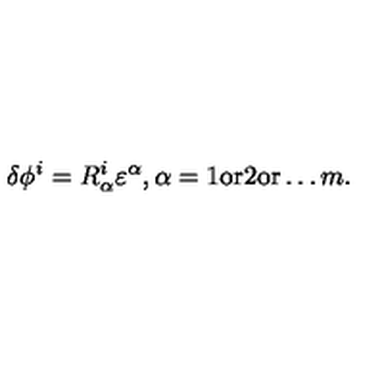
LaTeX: \delta \phi ^ { i } = R _ { \alpha } ^ { i } \varepsilon ^ { \alpha } , \alpha = 1 \mathrm { o r } 2 \mathrm { o r } \ldots m .